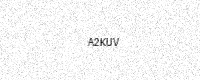
Text: A2KUV